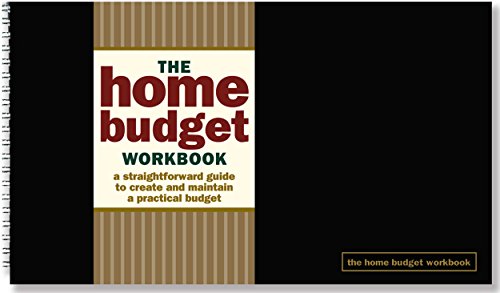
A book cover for Home Budget Workbook; Eleanor Blayney; Business & Money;